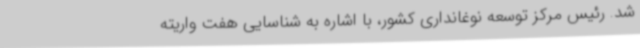
شد. رئیس مرکز توسعه نوغانداری کشور، با اشاره به شناسایی هفت واریته